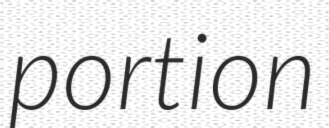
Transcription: portion